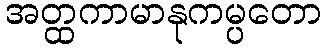
အတ္ထကာမာနုကမ္ပတော